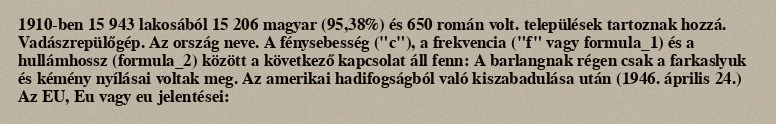
1910-ben 15 943 lakosából 15 206 magyar (95,38%) és 650 román volt. települések tartoznak hozzá. Vadászrepülőgép. Az ország neve. A fénysebesség ("c"), a frekvencia ("f" vagy formula_1) és a hullámhossz (formula_2) között a következő kapcsolat áll fenn: A barlangnak régen csak a farkaslyuk és kémény nyílásai voltak meg. Az amerikai hadifogságból való kiszabadulása után (1946. április 24.) Az EU, Eu vagy eu jelentései: